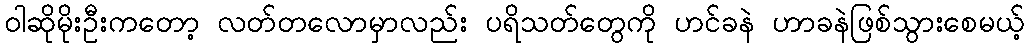
ဝါဆိုမိုးဦးကတော့ လတ်တလောမှာလည်း ပရိသတ်တွေကို ဟင်ခနဲ ဟာခနဲဖြစ်သွားစေမယ့်